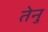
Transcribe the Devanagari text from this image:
तेनु